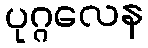
ပုဂ္ဂလေန